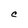
Character: C